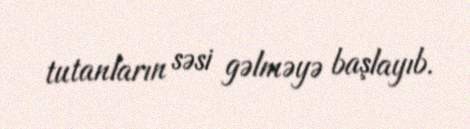
tutanların səsi gəlməyə başlayıb.